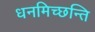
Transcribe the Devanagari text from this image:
धनमिच्छन्ति